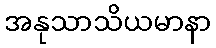
အနုသာသိယမာနာ